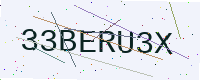
Text: 33BERU3X